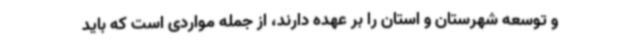
و توسعه شهرستان و استان را بر عهده دارند، از جمله مواردی است که باید